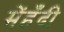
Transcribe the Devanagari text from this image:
मेंहँदी